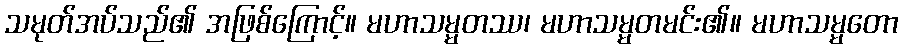
သမုတ်အပ်သည်၏ အဖြစ်ကြောင့်။ မဟာသမ္မတဿ၊ မဟာသမ္မတမင်း၏။ မဟာသမ္မတော